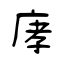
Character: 庨